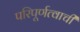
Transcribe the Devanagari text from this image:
परिपूर्णत्वाची